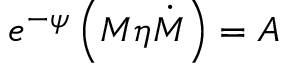
e ^ { - \psi } \left( M \eta \dot { M } \right) = A